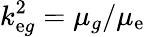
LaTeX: k_{\mathrm{e}g}^{2}=\mu_{g}/\mu_{\mathrm{e}}